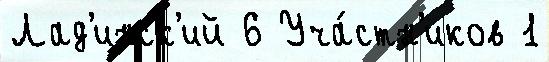
Лад'инск'ий 6 Уча́стн'иков 1